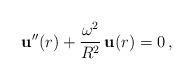
LaTeX: \begin{align*}{\bf u}''(r)+\frac{\omega^2}{R^2}\,{\bf u}(r)=0\,{,}\end{align*}